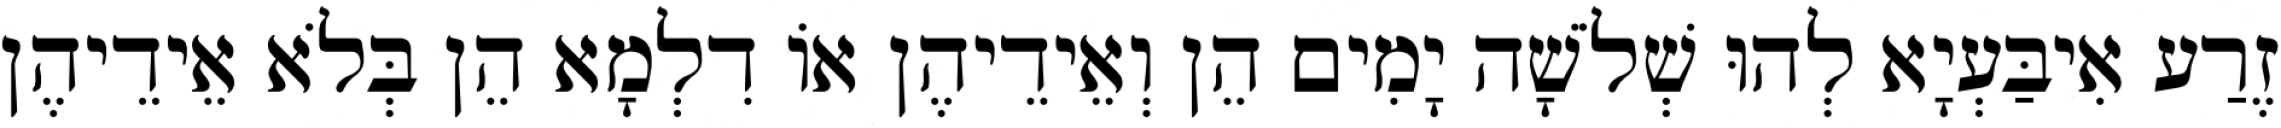
זֶרַע אִיבַּעְיָא לְהוּ שְׁלֹשָׁה יָמִים הֵן וְאֵידֵיהֶן אוֹ דִלְמָא הֵן בְּלֹא אֵידֵיהֶן